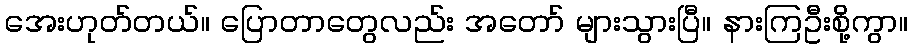
အေးဟုတ်တယ်။ ပြောတာတွေလည်း အတော် များသွားပြီ။ နားကြဦးစို့ကွာ။